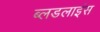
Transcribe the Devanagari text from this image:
ब्लडलाइंस